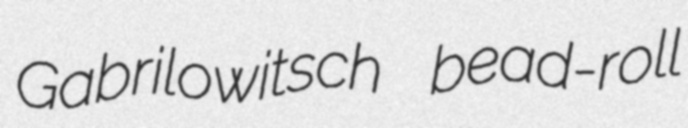
Gabrilowitsch bead-roll